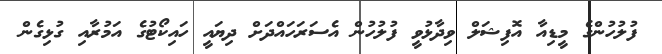
ފުލުހުންގެ މީޑިއާ އޮފިޝަލް ވިދާޅުވީ ފުލުހުން އެސަރަހައްދަށް ދިޔައީ ހައިކޯޓުގެ އަމުރާއި ގުޅިގެން